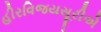
હીરવિજયસૂરીએ